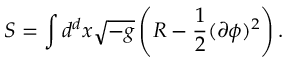
S = \int d ^ { d } x \sqrt { - g } \left( R - \frac { 1 } { 2 } ( \partial \phi ) ^ { 2 } \right) .